Report of the Hyderabad Chloroform Commission
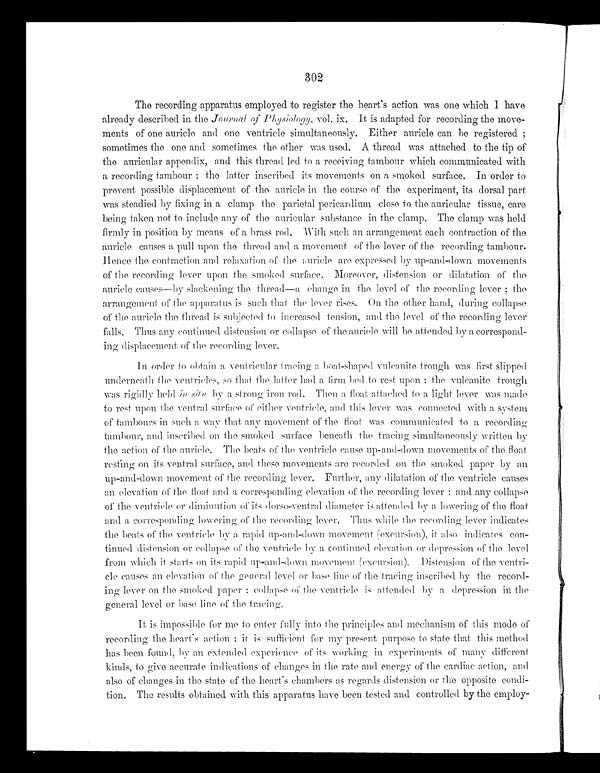
302
The recording apparatus employed to register the heart's action was one which I have
already described in the Journal of Physiology, vol. ix. It is adapted for recording the move-
ments of one auricle and one ventricle simultaneously. Either auricle can be registered;
sometimes the one and sometimes the other 'was used. A thread was attached to the tip of
the auricular appendix, and this thread led to a receiving tambour which communicated with
a recording tambour; the latter inscribed its movements on a smoked surface. In order to
prevent possible displacement of the auricle in the course of the experiment, its dorsal part
was steadied by fixing in a clamp the parietal pericardium close to the auricular tissue, care
being taken not to include any of the auricular substance in the clamp. The clamp was held
firmly in position by means of a brass rod. With such an arrangement each contraction of the
auricle causes a pull upon the thread and a movement of the lever of the recording tambour.
Hence the contraction and relaxation of the auricle are expressed by up-and-down movements
of the recording lever upon the smoked surface. Moreover, distension or dilatation of the
auricle causes—by slackening the thread—a change in the level of the recording lever; the
arrangement of the apparatus is such that the lever rises. One the other hand, during collapse
of the auricle the thread is subjected to increased tension, and the level of the recording lever
falls. Thus any continue distension or collapse of the auricle will he attended by a correspond--
ing displacement of the recording lever.
In order to obtain a ventricular tracing a boat-shaped vulcanite trough was first slipped
underneath the ventricles, so that the latter had a firm bed to rest upon: the vulcanite trough
was rigidly held in situ by a strong iron rod. Then a float attached to a light lever was made
to rest upon the ventral surface of either ventricle, and this lever was connected with a system
of tambours in such a way that movement of the float was communicated to a recording
tambour, and inscribed on the smoked surface beneath the tracing simultaneously written by
the action of the auricle. The beats of the ventricle cause up-and-down movements of the float
resting on its ventral surface, and these movements are recorded on the smoked paper by an
up-and-down movement of the recording lever. Further, any dilatation of the ventricle causes
an elevation of the float and a corresponding elevation of the recording lever: and any collapse
of the ventricle or diminution of its dorso-ventral diameter is attended by a lowering of the float
and corresponding lowering of the recording lever. Thus while the recording lever indicates
the beats of the ventricle by a rapid up-and-down movement (excursion), it also indicates con--
tinued distension for collapse of the ventricle by a continue elevation or depression of the level
from which it starts on its rapid up-and-down movement (excursion). Distension of the ventri--
cle causes an elevation of the general level or base line of the tracing inscribed by the record-
ing lever on the smoked paper: collapse of the ventricle is attended by a depression in the
general level or base line of the tracing.
It is impossible for me to enter fully into the principles and mechanism of this mode of
recording the heart's action: it is sufficient for my present purpose to state that this method
has been found, by an extended experience of its working in experiments of many different
kinds, to give accurate indications of changes in the rate and energy of the cardiac action, and
also of changes in the state of the heart's chambers as regards distension or the opposite condi--
tion. The results obtained with this apparatus have been tested and controlled by the employ-